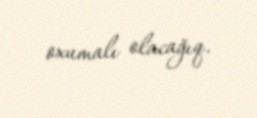
oxumalı olacağıq.